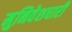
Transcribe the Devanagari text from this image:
मुनिवेशधारी